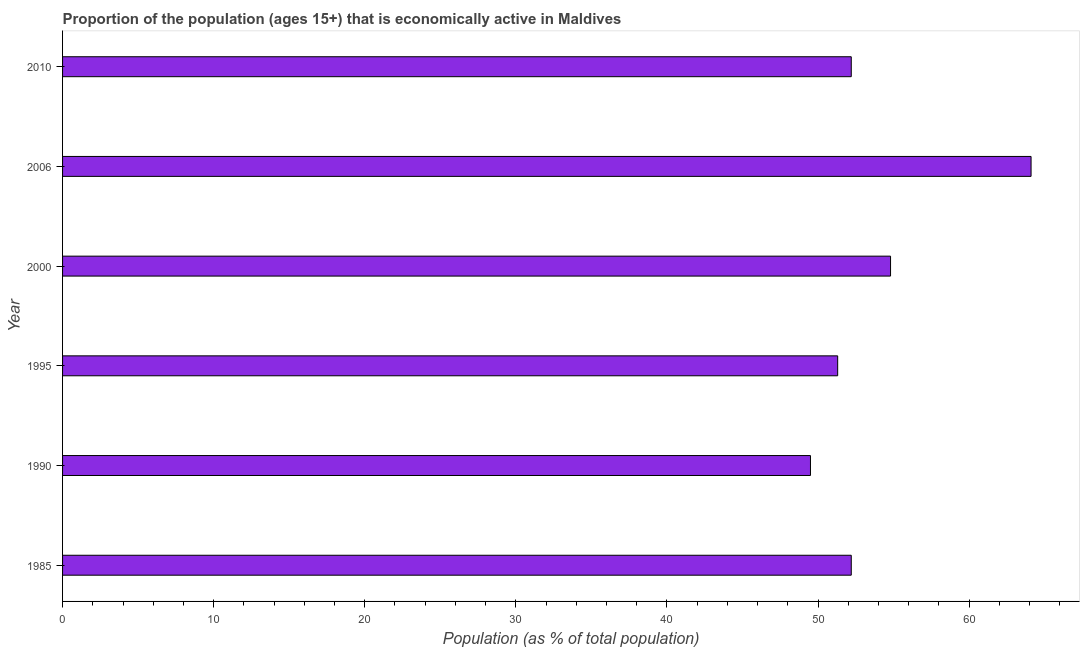
| Year | Labor force participation rate total |
 | --- | --- |
 | 1985 | 52.2 |
 | 1990 | 49.5 |
 | 1995 | 51.3 |
 | 2000 | 54.8 |
 | 2006 | 64.1 |
 | 2010 | 52.2 |